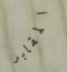
المقابر